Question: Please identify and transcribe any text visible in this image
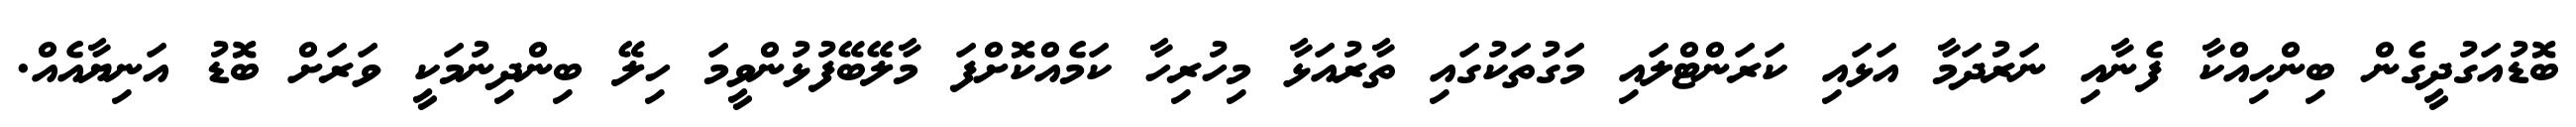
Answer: ބޮޑުއަގުދީގެން ބިންހިއްކާ ފެނާއި ނަރުދަމާ އަޅައި ކަރަންޓްލައި މަގުތަކުގައި ތާރުއަޅާ މިހުރިހާ ކަމެއްކޮށްފަ މާލޭބޭފުޅުންވީމަ ހިލޭ ބިންދިނުމަކީ ވަރަށް ބޮޑު އަނިޔާއެއް.